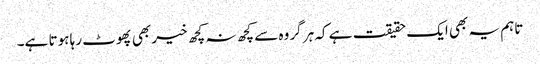
تاہم یہ بھی ایک حقیقت ہے کہ ہر گروہ سے کچھ نہ کچھ خیر بھی پھوٹ رہا ہوتا ہے۔